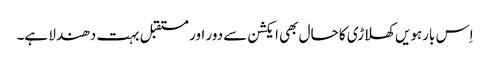
اِس بارہویں کھلاڑی کا حال بھی ایکشن سے دور اور مستقبل بہت دھندلا ہے۔